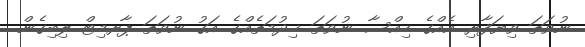
ނުވަތަ ވިޔަފާރި އެއްގެ ހިއްސާ ނުވަތަ ޚިދުމަތެއްގެ އަގު ނުވަތަ ޕާރމިޓް ލިބިގެން